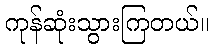
ကုန်ဆုံးသွားကြတယ်။